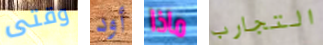
وقتى أود ماذا التجارب